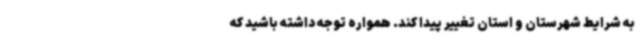
به شرایط شهرستان و استان تغییر پیدا کند. همواره توجه داشته باشید که